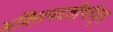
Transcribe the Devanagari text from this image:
भक्तिपदतीर्थामृत